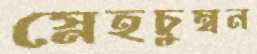
স্নেহচুম্বন